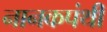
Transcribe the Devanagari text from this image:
नानकपंथी